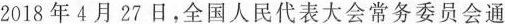
2018年4月27日，全国人民代表大会常务委员会通